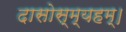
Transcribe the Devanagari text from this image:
दासोस्म्यहम्।